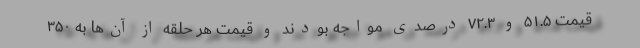
قیمت ۵۱.۵ و ۷۲.۳ درصدی مواجه بودند و قیمت هر حلقه از آن‌ها به ۳۵۰